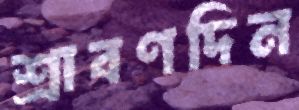
শ্রাবণদিন